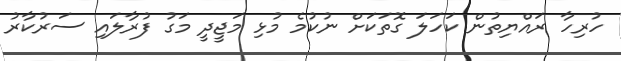
ހުރިހާ ރައްޔިތުން ކަހަލަ ގޮތަކަށް ނުކުމެ މުޅި މަޖީދީ މަގު ފުރާލައި ސަރުކާރު